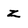
Character: z